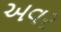
અવર